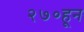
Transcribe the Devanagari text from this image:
२७०हून